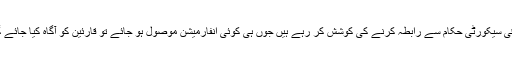
باقی سیکورٹی حکام سے رابطہ کرنے کی کوشش کر رہے ہیں جوں ہی کوئی انفارمیشن موصول ہو جائے تو قارئین کو آگاہ کیا جائے گا۔